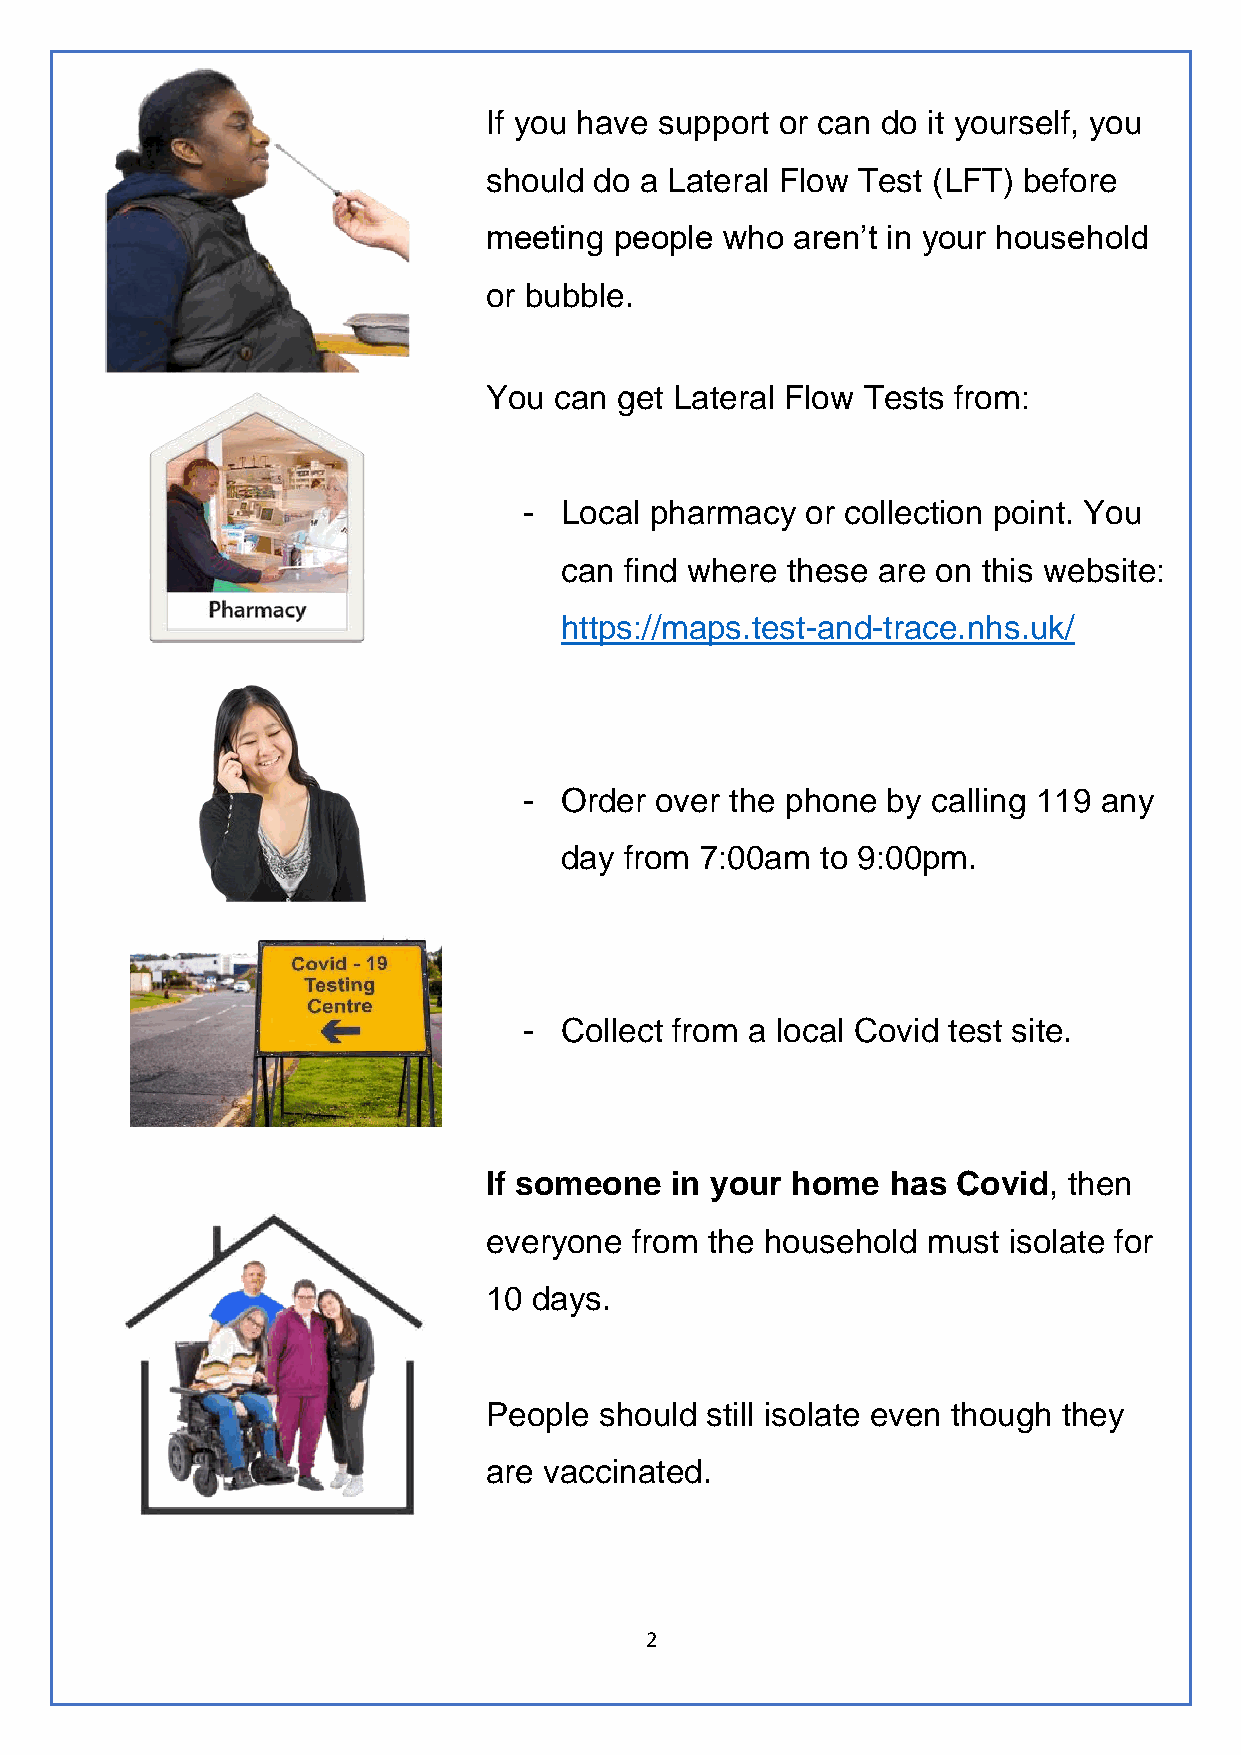
If you have support or can do it yourself, you
 should do a Lateral Flow Test (LFT) before
 meeting  people who aren’t in your household
 or bubble.
 You  can get Lateral Flow Tests from:
 - Local pharmacy  or collection point. You
 can find where these are on this website:
 https://maps.test-and-trace.nhs.uk/
 - Order over the phone  by calling 119 any
 day from 7:00am  to 9:00pm.
 - Collect from a local Covid test site.
 If someone  in your home   has Covid,  then
 everyone  from the household must  isolate for
 10 days.
 People  should still isolate even though they
 are vaccinated.
 2